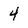
Character: 4